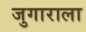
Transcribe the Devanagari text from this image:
जुगाराला